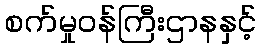
စက်မှုဝန်ကြီးဌာနနှင့်